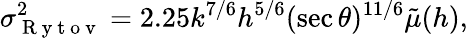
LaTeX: \sigma_{\mathrm{~R~y~t~o~v~}}^{2}=2.25k^{7/6}h^{5/6}(\sec\theta)^{11/6}\tilde{\mu}(h),